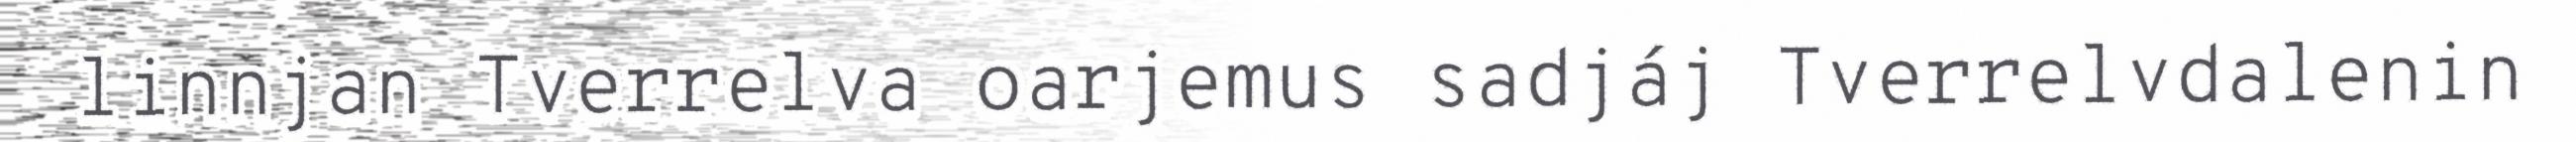
linnjan Tverrelva oarjemus sadjáj Tverrelvdalenin